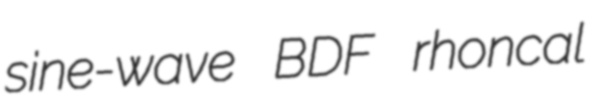
sine-wave BDF rhoncal